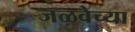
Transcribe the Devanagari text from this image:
जळवेच्या